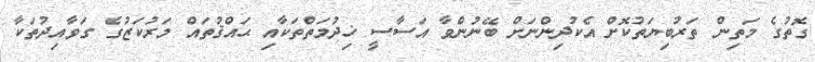
ގޮތުގެ މަތިން ތަރުބިޔަތުކޮށް އެކުދިންނަށް ބޭނުންވާ އަސާސީ ޚިދުމަތްތަކާއި ޙައްޤުތައް މަރުކަޒުގެ ގަވާއިދުތަކާ